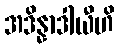
အဒိန္နာဒါယီဟိ